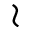
\wr